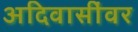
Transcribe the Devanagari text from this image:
अदिवासींवर